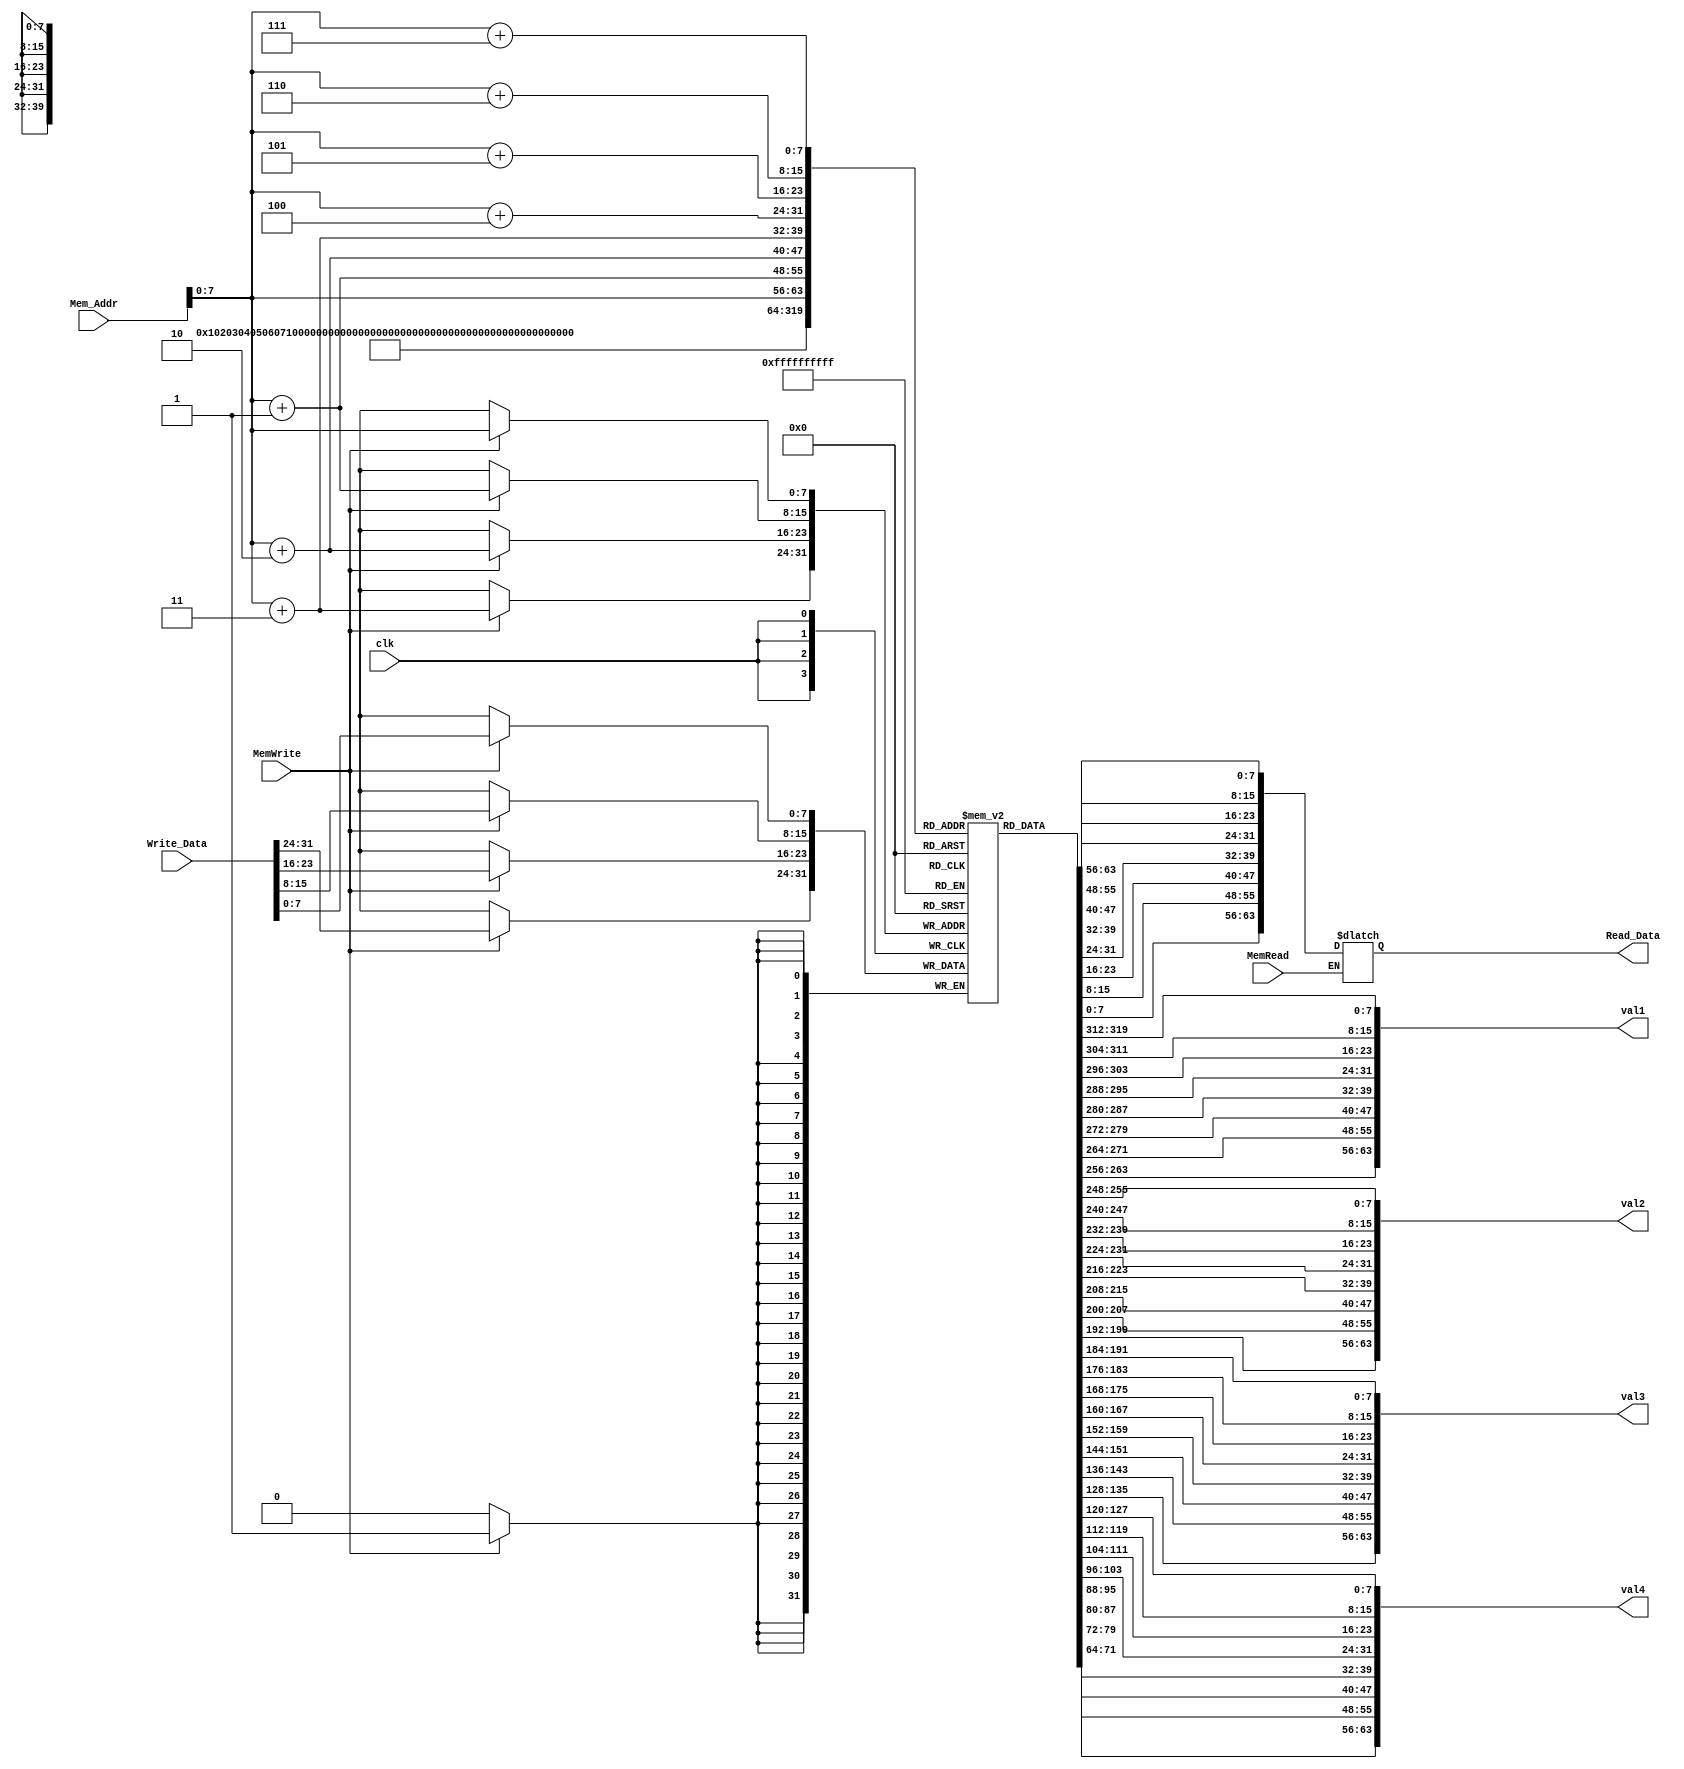



`timescale 1ns / 1ps


module Data_Memory
(
input [63:0] Mem_Addr,
input [63:0] Write_Data,
input clk, MemWrite, MemRead,
output reg [63:0] Read_Data,
// the four elements we will sort
 output [63:0] val1,
  output [63:0] val2,
  output [63:0] val3,
  output [63:0] val4

);
reg [7:0] DataMemory [255:0];
integer i;
initial
begin
for (i = 0;i<256;i = i + 1)begin
    DataMemory[i] = 0;
end
// load the numbers in memory initially in some unsorted order
      DataMemory[0] = 8'd2;
      DataMemory[8] = 8'd4;
      DataMemory[16] = 8'd1;
      DataMemory[24] = 8'd3;

end

  assign val1 = {DataMemory[7],DataMemory[6],DataMemory[5],DataMemory[4],DataMemory[3],DataMemory[2],DataMemory[1],DataMemory[0]};
  assign val2 = {DataMemory[15],DataMemory[14],DataMemory[13],DataMemory[12],DataMemory[11],DataMemory[10],DataMemory[9],DataMemory[8]};
  assign val3 = {DataMemory[23],DataMemory[22],DataMemory[21],DataMemory[20],DataMemory[19],DataMemory[18],DataMemory[17],DataMemory[16]};
  assign val4 = {DataMemory[31],DataMemory[30],DataMemory[29],DataMemory[28],DataMemory[27],DataMemory[26],DataMemory[25],DataMemory[24]};


always @ (*)
begin
if (MemRead)
Read_Data =
    {DataMemory[Mem_Addr+7],DataMemory[Mem_Addr+6],DataMemory[Mem_Addr+5],DataMemory[Mem_Addr+4],DataMemory[Mem_Addr+3],DataMemory[Mem_Addr+2],DataMemory[Mem_Addr+1],DataMemory[Mem_Addr]};
end
always @ (posedge clk)
begin
if (MemWrite)
begin
    DataMemory[Mem_Addr] = Write_Data[7:0];
    DataMemory[Mem_Addr+1] = Write_Data[15:8];
    DataMemory[Mem_Addr+2] = Write_Data[23:16];
    DataMemory[Mem_Addr+3] = Write_Data[31:24];
    
end
end
endmodule